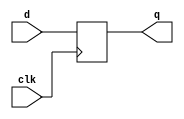
module top_module(
	input clk,
	input d,
	output reg q);
	
	// Use non-blocking assignment for edge-triggered always blocks
	always @(posedge clk)
		q <= d;

	// Undefined simulation behaviour can occur if there is more than one edge-triggered
	// always block and blocking assignment is used. Which always block is simulated first?
	
endmodule